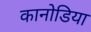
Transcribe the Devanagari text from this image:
कानोडिया